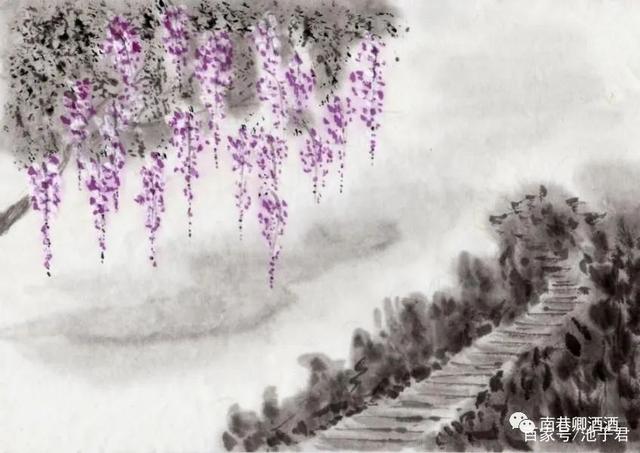
我家襄水曲，遥隔楚云端。